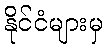
နိုင်ငံများမှ